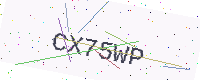
Text: CX75WP